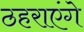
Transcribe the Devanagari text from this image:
ठहराएंगे